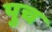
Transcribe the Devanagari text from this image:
पुच